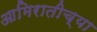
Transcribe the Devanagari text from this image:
आमिरातीच्या